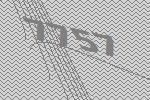
7757